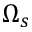
\Omega _ { s }